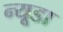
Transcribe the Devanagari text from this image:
न्यूडा